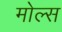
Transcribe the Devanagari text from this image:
मोल्स